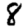
Digit: 8